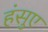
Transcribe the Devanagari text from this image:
हंसुए